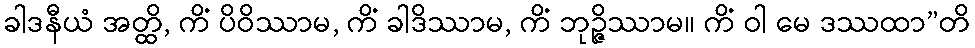
ခါဒနီယံ အတ္ထိ, ကိံ ပိဝိဿာမ, ကိံ ခါဒိဿာမ, ကိံ ဘုဉ္ဇိဿာမ။ ကိံ ဝါ မေ ဒဿထာ”တိ